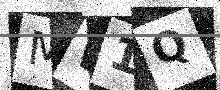
Text: MW1Q